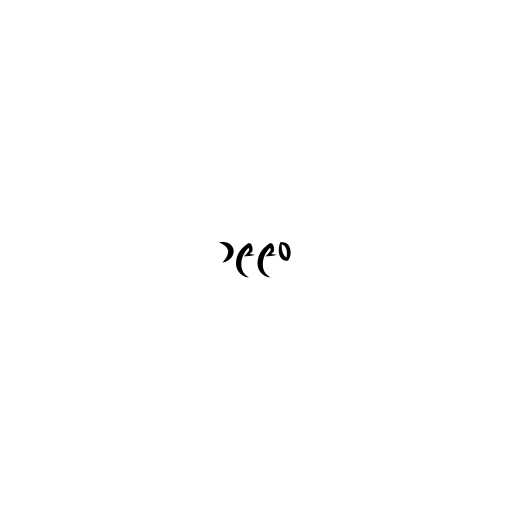
၁၉၉၀